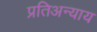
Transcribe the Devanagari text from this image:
प्रतिअन्याय